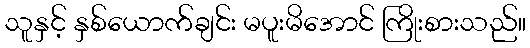
သူနှင့် နှစ်ယောက်ချင်း မပူးမိအောင် ကြိုးစားသည်။